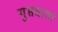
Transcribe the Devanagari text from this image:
गुप्तवार्ता